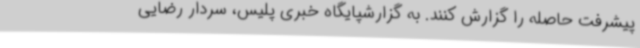
پیشرفت حاصله را گزارش کنند. به گزارشپایگاه خبری پلیس، سردار رضایی